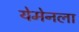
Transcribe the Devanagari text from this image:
येमेनला